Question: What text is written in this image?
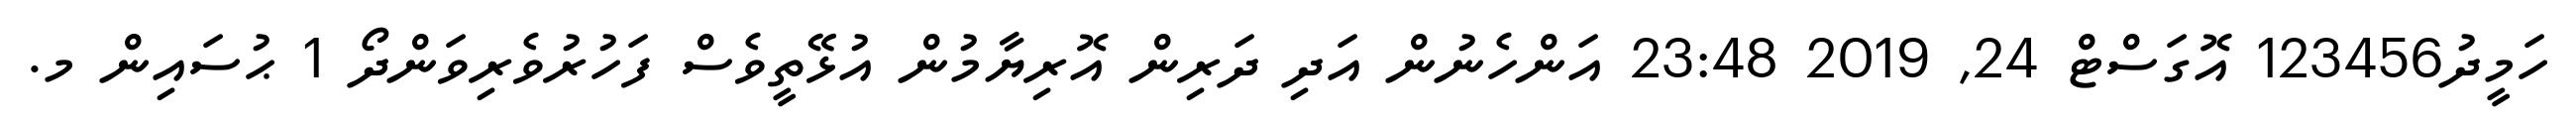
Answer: ހަމީދު123456 އޮގަސްޓް 24, 2019 23:48 އަންހެނުން އަދި ދަރިން އޮރިޔާމުން އުޅޭތީވެސް ފަހުރުވެރިވަންދޯ 1 ޙުސައިން މ.